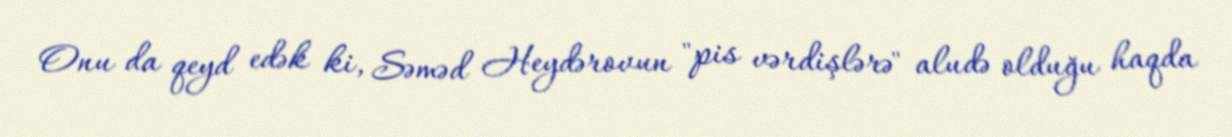
Onu da qeyd edək ki, Səməd Heydərovun "pis vərdişlərə" aludə olduğu haqda